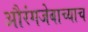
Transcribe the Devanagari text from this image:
औरंगजेबाच्याच